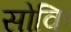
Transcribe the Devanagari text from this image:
सोकि